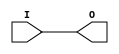
module IBUFG(
    output O,
    (* iopad_external_pin *)
    input I);
  parameter CAPACITANCE = "DONT_CARE";
  parameter IBUF_DELAY_VALUE = "0";
  parameter IBUF_LOW_PWR = "TRUE";
  parameter IOSTANDARD = "DEFAULT";
  assign O = I;
endmodule